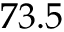
7 3 . 5